Annual returns of the Patna Lunatic Asylum at Bankipore in Bihar and Orissa - 1912-1924
Year: 1912
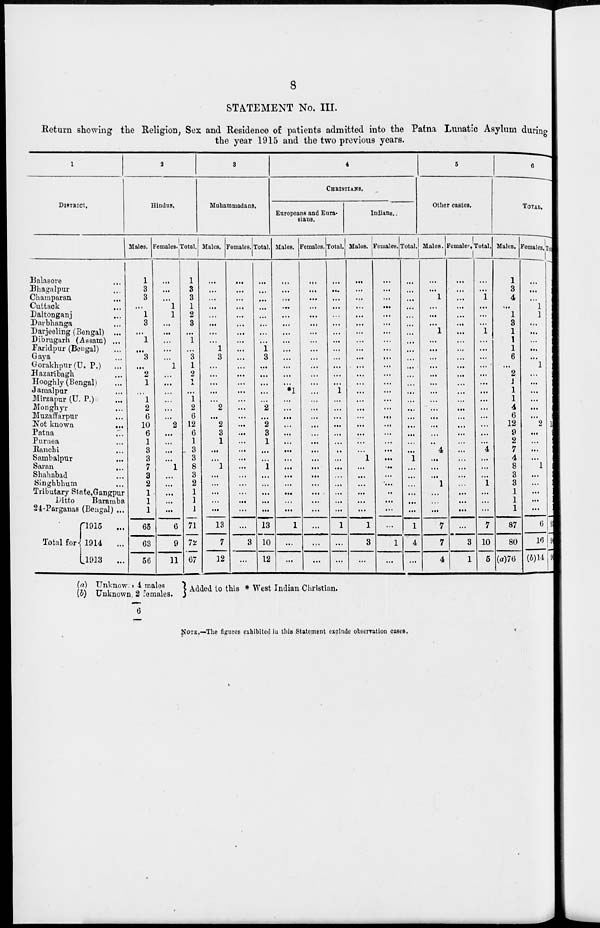
8
STATEMENT No. III.
Return showing the Religion, Sex and Residence of patients admitted into the Patna Lunatic Asylum during
the year 1915 and the two previous years.
1
DISTRICT.
Balasore ...
Bhagalpur ...
Champaran ...
Cuttack ...
Daltonganj ...
Darbhanga ...
Darjeeling (Bengal) ...
Dibrugarh (Assam) ...
Faridpur (Bengal) ...
Gaya ...
Gorakhpui (U. P.) ...
Hazaribagh ...
Hooghly(Bengal) ...
Jamalpur ...
Mirzanur (U. P.) ...
Monghyr ...
Muzaffarpur ...
Not known ...
Patna ...
Purnea ...
Ranchi ...
Sambalpur ...
Saran
...
Shahabad ...
Singhbhum ...
Tributary State, Gangpur
Ditto
Baramba
24-Parganas (Bengal) ...
Total for
1915
...
1914
...
1913
...
2
Hindus.
Males.
1
3
3
...
1
3
...
1
...
3
...
2
1
...
1
2
6
10
6
1
3
3
7
3
2
1
1
1
65
63
56
Females.
...
...
...
1
1
...
...
...
...
...
1
...
...
...
...
...
...
2
...
...
...
...
1
...
...
...
...
...
6
9
11
Total.
1
3
3
1
2
3
...
1
...
3
1
2
1
...
1
2
6
12
6
1
3
3
8
3
2
1
1
1
71
72
67
3
Muhammadans.
Males.
...
...
...
...
...
...
...
..
1
3
...
...
...
...
...
2
...
2
3
1
...
...
1
...
...
...
...
...
13
7
12
Females.
...
...
...
...
...
...
...
...
...
...
...
...
...
...
...
...
...
...
...
...
...
...
...
...
...
...
...
...
...
3
...
Total.
...
...
...
...
...
...
...
...
1 3
...
...
...
...
...
2
...
2
3
1
...
...
1
...
...
...
...
...
13
10
12
4
CHRISTIANS.
Europeans and Eura-
siaus.
Males.
...
...
...
...
...
...
...
...
...
...
...
...
...
*1
...
...
...
...
...
...
...
...
...
...
...
...
...
...
1
...
...
Females.
...
...
...
...
...
...
...
...
...
...
...
...
...
...
...
...
...
...
...
...
...
...
...
...
...
...
...
...
...
...
...
Total.
...
...
...
...
...
...
...
...
...
...
...
...
...
1
...
...
...
...
...
...
...
...
...
...
...
...
...
...
1
...
...
Indians.
Males.
...
...
...
...
...
...
...
...
...
...
...
...
...
...
...
...
...
...
...
...
...
1
...
...
...
...
...
...
1
3
...
Females.
...
...
...
...
...
...
...
...
...
...
...
...
...
...
...
...
...
...
...
...
...
...
...
...
...
...
...
...
...
1
...
Total.
...
...
...
...
...
...
...
...
...
...
...
...
...
...
...
...
...
...
...
...
...
1
...
...
...
...
...
...
1
4
...
5
Other castes.
Males.
...
...
1
...
...
...
1
...
...
...
...
...
...
...
...
...
...
...
...
...
4
...
...
...
1
...
...
...
7
7
4
Females.
...
...
...
...
...
...
...
...
...
...
...
...
...
...
...
...
...
...
...
...
...
...
...
...
...
...
...
...
...
3
1
Total.
...
...
1
...
...
...
1
...
...
...
...
...
...
...
...
...
...
...
...
...
4
...
...
...
1
...
...
...
7
10
5
6
TOTAL.
Males.
1
3
4
...
1
3
1
1
1
6
...
2
1
1
1
4
6
12
9
2
7
4
8
3
3
1
1
1
87
80
(a)76
Females.
...
...
...
1
1
...
...
...
...
...
1
..
...
...
...
...
...
2
...
...
...
...
1
...
...
...
...
...
6
16
(b)14
Tot al
1
3
4
1
2
3
1
...
1
6
1
2
1
1
1
4
6
14
...
2
7
4
9
3
3
1
1
1
93
96
90
(a) Unknown , 4 males
(b) Unknown , 2 females.
6
Added to this * West Indian Christian.